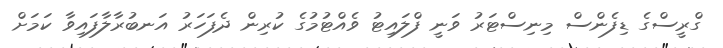
ގްރީސްގެ ޑިފެންސް މިނިސްޓަރު ވަނީ ފްލައިޓު ވެއްޓުމުގެ ކުރިން ދެފަހަރު އަނބުރާލާފައިވާ ކަމަށް